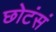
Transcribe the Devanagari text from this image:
छोटंसं